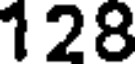
128